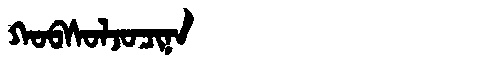
Manchu: ᡴᠣᠪᠰᠣᠯᠵᠣᠴᡳᠨᠠ
Romanization: KOBSOLJOCINA